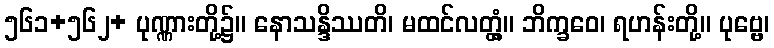
၅၆၁+၅၆၂+ ပုဏ္ဏားတို့၌။ နောသန္ဒိဿတိ၊ မထင်လတ္တံ့။ ဘိက္ခဝေ၊ ရဟန်းတို့။ ပုဗ္ဗေ၊